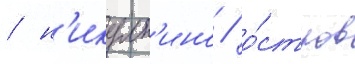
/ н'икулк'ино / о́стров